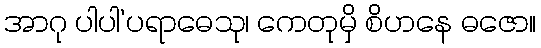
အာဂု ပါပါ’ပရာဓေသု၊ ကေတုမှိ စိဟနေ ဓဇော။